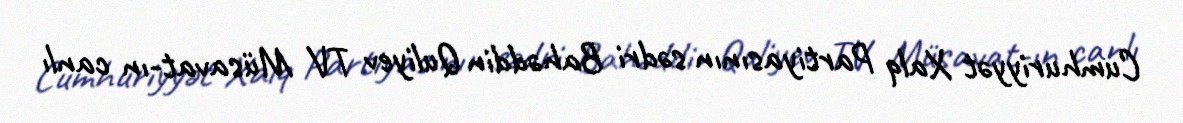
Cumhuriyyət Xalq Partiyasının sədri Bahəddin Quliyev TV Müsavat-ın canlı